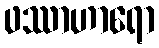
ဖဿာဟာရော